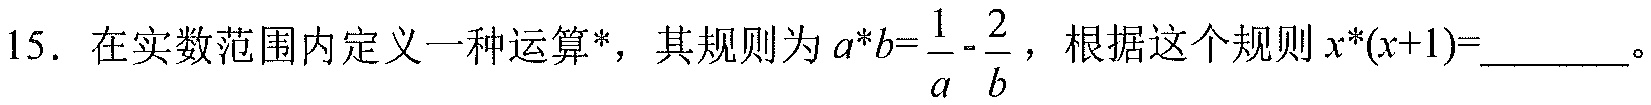
15. 在实数范围内定义一种运算*，其规则为$a*b=\frac{1}{a}-\frac{2}{b}$，根据这个规则$x*(x + 1)=$_______。